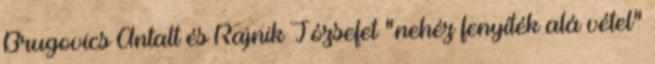
Brugovics Antalt és Rajnik Józsefet "nehéz fenyíték alá vétel"